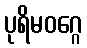
ပုရိမဝဂ္ဂေ